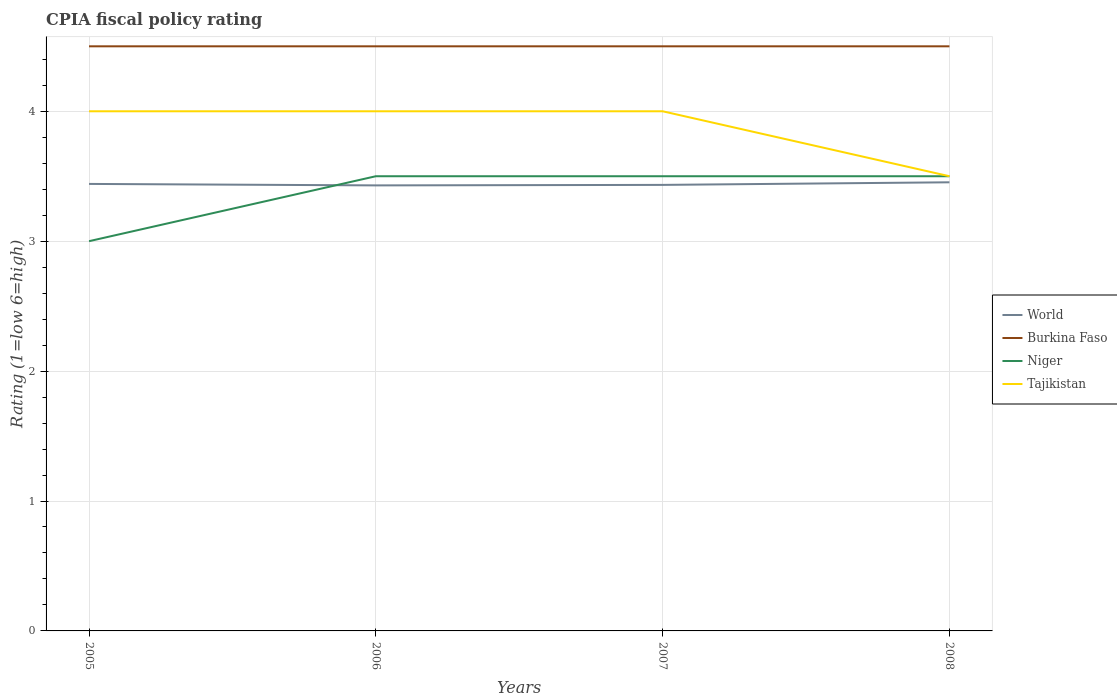
| Years | World | Burkina Faso | Niger | Tajikistan |
 | --- | --- | --- | --- | --- |
 | 2005 | 3.44 | 4.5 | 3 | 4 |
 | 2006 | 3.43 | 4.5 | 3.5 | 4 |
 | 2007 | 3.43 | 4.5 | 3.5 | 4 |
 | 2008 | 3.45 | 4.5 | 3.5 | 3.5 |